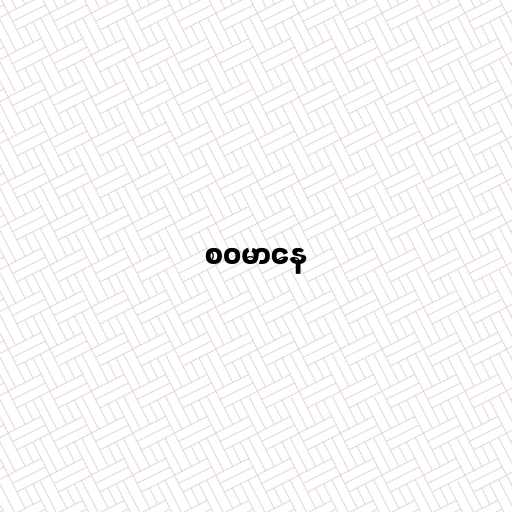
စဝမာနေ